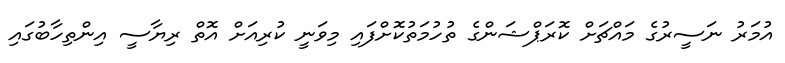
އުމަރު ނަސީރުގެ މައްޗަށް ކޮރަޕްޝަންގެ ތުހުމަތުކޮށްފައި މިވަނީ ކުރިއަށް އޮތް ރިޔާސީ އިންތިހާބުގައި